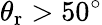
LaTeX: \theta_{\mathrm{r}}>50^{\circ}